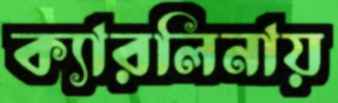
ক্যারলিনায়